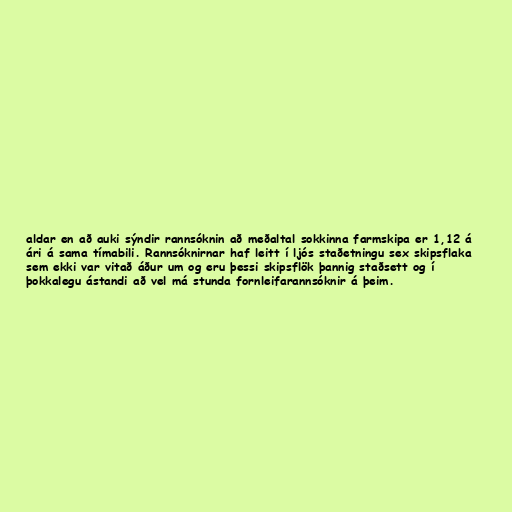
aldar en að auki sýndir rannsóknin að meðaltal sokkinna farmskipa er 1,12 á
ári á sama tímabili. Rannsóknirnar haf leitt í ljós staðetningu sex skipsflaka
sem ekki var vitað áður um og eru þessi skipsflök þannig staðsett og í
þokkalegu ástandi að vel má stunda fornleifarannsóknir á þeim.